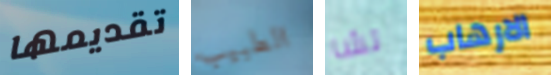
تقديمها الطبيب تشا الارهاب